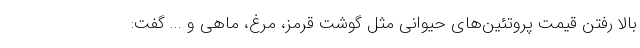
بالا رفتن قیمت پروتئین‌های حیوانی مثل گوشت قرمز، مرغ، ماهی و ... گفت: